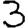
Digit: 3